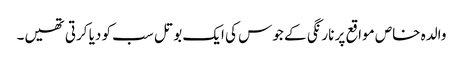
والدہ خاص مواقع پر نارنگی کے جوس کی ایک بوتل سب کو دیا کرتی تھیں۔